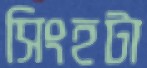
সিংহটা